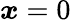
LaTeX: \boldsymbol{x}=0